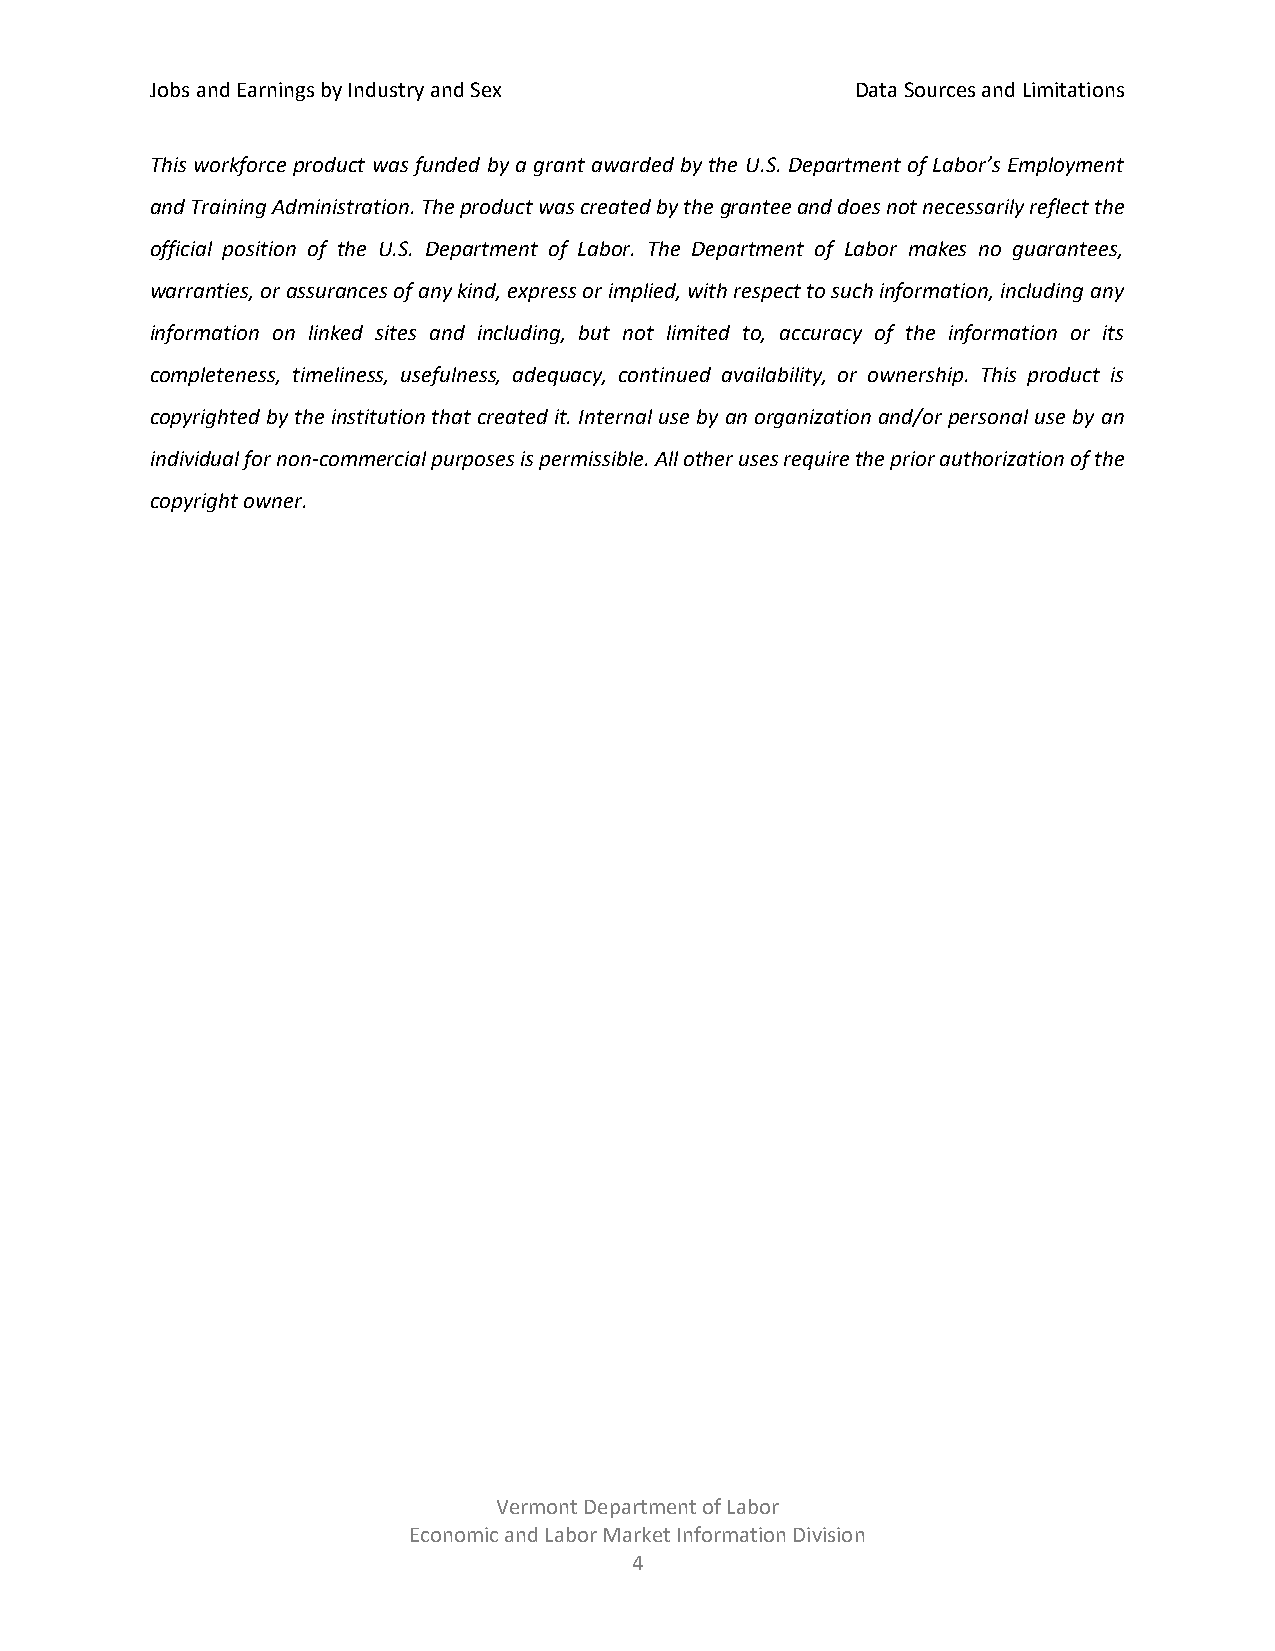
Jobs and Earnings by Industry and Sex          Data Sources and Limitations
 This workforce product was funded by a grant awarded by the U.S. Department of Labor’s Employment
 and Training Administration. The product was created by the grantee and does not necessarily reflect the
 official position of the U.S. Department of Labor. The Department of Labor makes no guarantees,
 warranties, or assurances of any kind, express or implied, with respect to such information, including any
 information on linked sites and including, but not limited to, accuracy of the information or its
 completeness, timeliness, usefulness, adequacy, continued availability, or ownership. This product is
 copyrighted by the institution that created it. Internal use by an organization and/or personal use by an
 individual for non-commercial purposes is permissible. All other uses require the prior authorization of the
 copyright owner.
 Vermont Department of Labor
 Economic and Labor Market Information Division
 4